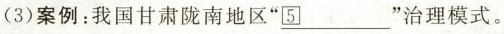
(3)案例：我国甘肃陇南地区”___”治理模式。